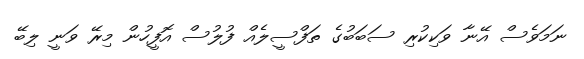
ނަމަވެސް އޭނާ ވަކިކުރި ސަބަބުގެ ތަފްސީލެއް ފުލުސް އޮފީހުން މިރޭ ވަނީ ލިބޭ